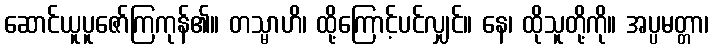
ဆောင်ယူပူဇော်ကြကုန်၏။ တသ္မာဟိ၊ ထို့ကြောင့်ပင်လျှင်။ နေ၊ ထိုသူတို့ကို။ အပ္ပမတ္တာ၊